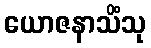
ယောဇနာသိံသု